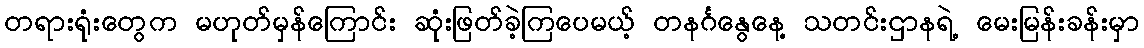
တရားရုံးတွေက မဟုတ်မှန်ကြောင်း ဆုံးဖြတ်ခဲ့ကြပေမယ့် တနင်္ဂနွေနေ့ သတင်းဌာနရဲ့ မေးမြန်းခန်းမှာ